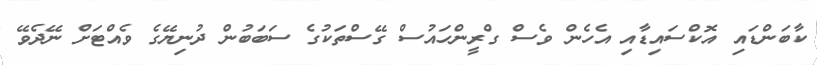
ކާބަންޑައި އޮކްސައިޑާއި އެހެން ވެސް ގްރީންހައުސް ގޭސްތަކުގެ ސަބަބުން ދުނިޔޭގެ ވެއްޓަށް ނޭދެވޭ